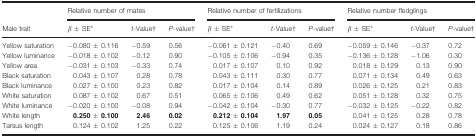
<table><thead><tr><td rowspan="2"><b>Male trait</b></td><td colspan="3"><b>Relative number of mates</b></td><td colspan="3"><b>Relative number of fertilizations</b></td><td colspan="3"><b>Relative number fledglings</b></td></tr><tr><td><b><i>β </i>± SE*</b></td><td><b><i>t</i>-Value†</b></td><td><b><i>P</i>-value†</b></td><td><b><i>β </i>± SE*</b></td><td><b><i>t</i>-Value†</b></td><td><b><i>P</i>-value†</b></td><td><b><i>β </i>± SE*</b></td><td><b><i>t</i>-Value†</b></td><td><b><i>P</i>-value†</b></td></tr></thead><tbody><tr><td>Yellow saturation</td><td>−0.080 ± 0.116</td><td>−0.59</td><td>0.56</td><td>−0.061 ± 0.121</td><td>−0.40</td><td>0.69</td><td>−0.059 ± 0.146</td><td>−0.37</td><td>0.72</td></tr><tr><td>Yellow luminance</td><td>−0.018 ± 0.102</td><td>−0.12</td><td>0.90</td><td>−0.105 ± 0.106</td><td>−0.94</td><td>0.35</td><td>−0.136 ± 0.128</td><td>−1.06</td><td>0.30</td></tr><tr><td>Yellow area</td><td>−0.031 ± 0.103</td><td>−0.33</td><td>0.74</td><td>0.017 ± 0.107</td><td>0.10</td><td>0.92</td><td>0.018 ± 0.129</td><td>0.13</td><td>0.90</td></tr><tr><td>Black saturation</td><td>0.043 ± 0.107</td><td>0.28</td><td>0.78</td><td>0.043 ± 0.111</td><td>0.30</td><td>0.77</td><td>0.071 ± 0.134</td><td>0.49</td><td>0.63</td></tr><tr><td>Black luminance</td><td>0.027 ± 0.100</td><td>0.23</td><td>0.82</td><td>0.017 ± 0.104</td><td>0.14</td><td>0.89</td><td>0.026 ± 0.125</td><td>0.21</td><td>0.83</td></tr><tr><td>White saturation</td><td>0.087 ± 0.102</td><td>0.67</td><td>0.51</td><td>0.065 ± 0.106</td><td>0.49</td><td>0.62</td><td>0.051 ± 0.128</td><td>0.32</td><td>0.75</td></tr><tr><td>White luminance</td><td>−0.020 ± 0.100</td><td>−0.08</td><td>0.94</td><td>−0.042 ± 0.104</td><td>−0.30</td><td>0.77</td><td>−0.032 ± 0.125</td><td>−0.22</td><td>0.82</td></tr><tr><td>White length</td><td><b>0.250 ± 0.100</b></td><td><b>2.46</b></td><td><b>0.02</b></td><td><b>0.212 ± 0.104</b></td><td><b>1.97</b></td><td><b>0.05</b></td><td>0.041 ± 0.125</td><td>0.28</td><td>0.78</td></tr><tr><td>Tarsus length</td><td>0.124 ± 0.102</td><td>1.25</td><td>0.22</td><td>0.125 ± 0.106</td><td>1.19</td><td>0.24</td><td>0.024 ± 0.127</td><td>0.18</td><td>0.86</td></tr></tbody></table>